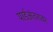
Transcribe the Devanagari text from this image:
यार्डअंतरावर